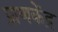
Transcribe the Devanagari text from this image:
प्राणकेंद्र